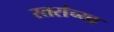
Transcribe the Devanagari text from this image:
स्तरांच्या